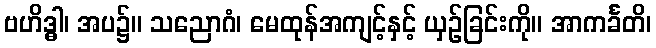
ဗဟိဒ္ဓါ၊ အပ၌။ သညောဂံ၊ မေထုန်အကျင့်နှင့် ယှဉ်ခြင်းကို။ အာကင်္ခတိ၊